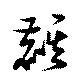
麒